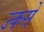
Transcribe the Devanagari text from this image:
उकसे